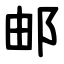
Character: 邮